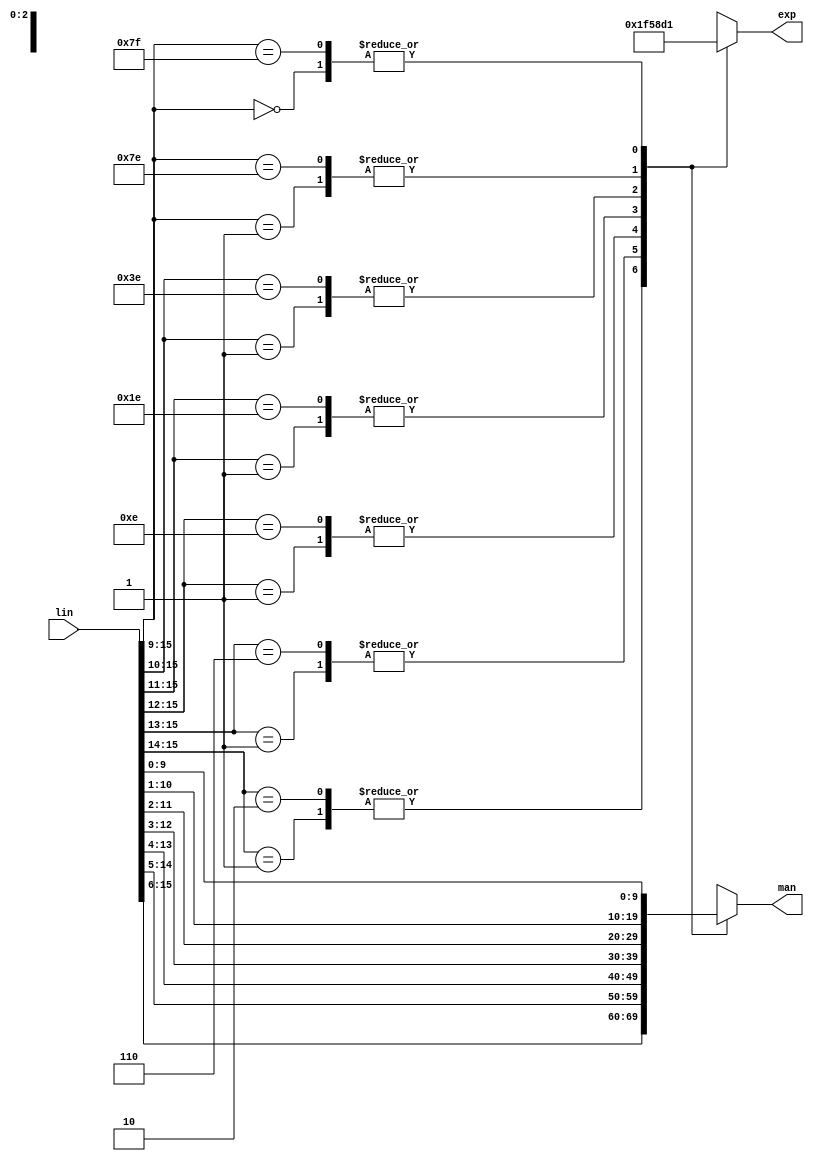
/*  This file is part of JT51.

    JT51 is free software: you can redistribute it and/or modify
    it under the terms of the GNU General Public License as published by
    the Free Software Foundation, either version 3 of the License, or
    (at your option) any later version.

    JT51 is distributed in the hope that it will be useful,
    but WITHOUT ANY WARRANTY; without even the implied warranty of
    MERCHANTABILITY or FITNESS FOR A PARTICULAR PURPOSE.  See the
    GNU General Public License for more details.

    You should have received a copy of the GNU General Public License
    along with JT51.  If not, see <http://www.gnu.org/licenses/>.
	
	Author: Jose Tejada Gomez. Twitter: @topapate
	Version: 1.0
	Date: 27-10-2016
	*/


module jt51_lin2exp(
  input      [15:0] lin,
  output reg [9:0] man,
  output reg [2:0] exp
);

always @(*) begin
  casez( lin[15:9] )
    // negative numbers
    7'b10?????: begin
        man = lin[15:6];
        exp = 3'd7;
      end
    7'b110????: begin
        man = lin[14:5];
        exp = 3'd6;
      end
    7'b1110???: begin
        man = lin[13:4];
        exp = 3'd5;
      end
    7'b11110??: begin
        man = lin[12:3];
        exp = 3'd4;
      end
    7'b111110?: begin
        man = lin[11:2];
        exp = 3'd3;
      end
    7'b1111110: begin
        man = lin[10:1];
        exp = 3'd2;
      end
    7'b1111111: begin
        man = lin[ 9:0];
        exp = 3'd1;
      end    
    // positive numbers
    7'b01?????: begin
        man = lin[15:6];
        exp = 3'd7;
      end
    7'b001????: begin
        man = lin[14:5];
        exp = 3'd6;
      end
    7'b0001???: begin
        man = lin[13:4];
        exp = 3'd5;
      end
    7'b00001??: begin
        man = lin[12:3];
        exp = 3'd4;
      end
    7'b000001?: begin
        man = lin[11:2];
        exp = 3'd3;
      end
    7'b0000001: begin
        man = lin[10:1];
        exp = 3'd2;
      end
    7'b0000000: begin
        man = lin[ 9:0];
        exp = 3'd1;
      end
    
    default: begin
        man = lin[9:0];
        exp = 3'd1;
      end
  endcase
end

endmodule